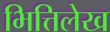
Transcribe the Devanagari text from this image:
भित्तिलेख